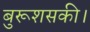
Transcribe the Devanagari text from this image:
बुरूशसकी।